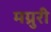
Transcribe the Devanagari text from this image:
मग्रुरी